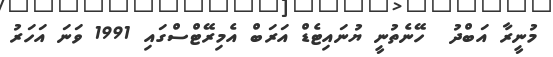
މުނީރާ އަބްދު  ހޭނެތުނީ ޔުނައިޓެޑް އަރަބް އެމިރޭޓްސްގައި 1991 ވަނަ އަހަރު